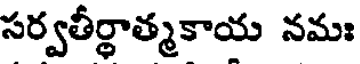
సర్వతీర్థాత్మకాయ నమః